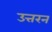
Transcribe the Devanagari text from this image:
उत्तरन